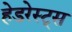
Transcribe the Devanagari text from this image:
हेडरेस्ट्स